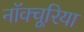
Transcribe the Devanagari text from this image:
नॉक्चूरिया